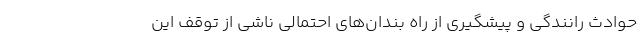
حوادث رانندگی و پیشگیری از راه بندان‌های احتمالی ناشی از توقف این